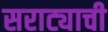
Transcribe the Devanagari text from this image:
सराट्याची